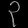
Digit: ၃